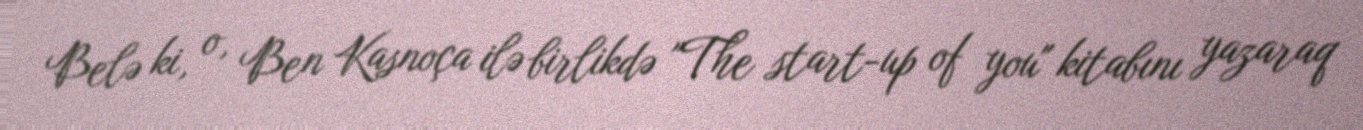
Belə ki, o, Ben Kasnoça ilə birlikdə "The start-up of you" kitabını yazaraq